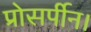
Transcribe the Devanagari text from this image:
प्रोसर्पीन।